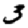
Digit: 3